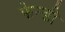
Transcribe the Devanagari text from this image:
फेन्डी